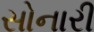
સોનારી